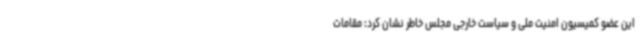
این عضو کمیسیون امنیت ملی و سیاست خارجی مجلس خاطر نشان کرد: مقامات